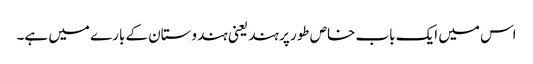
اس میں ایک باب خاص طور پر ہند یعنی ہندوستان کے بارے میں ہے۔